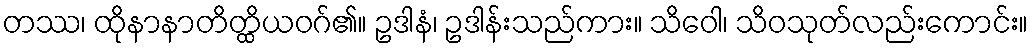
တဿ၊ ထိုနာနာတိတ္ထိယဝဂ်၏။ ဥဒါနံ၊ ဥဒါန်းသည်ကား။ သိဝေါ၊ သိဝသုတ်လည်းကောင်း။